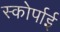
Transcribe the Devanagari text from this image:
स्कोर्पाई